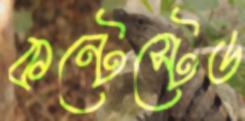
কন্টেস্টেড